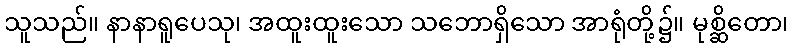
သူသည်။ နာနာရူပေသု၊ အထူးထူးသော သဘောရှိသော အာရုံတို့၌။ မုစ္ဆိတော၊